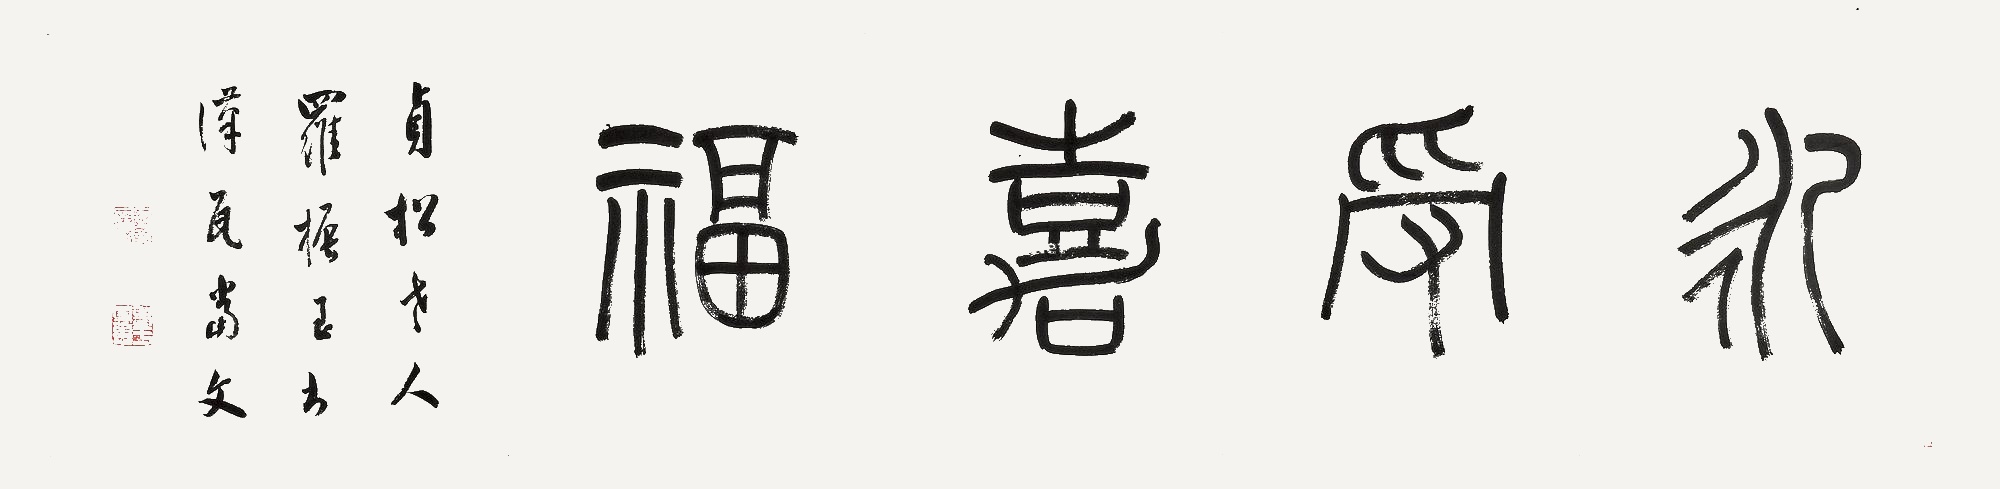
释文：永受嘉福。贞松老人罗振玉书汉瓦当文。